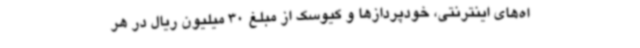
اه‌های اینترنتی، خودپردازها و کیوسک از مبلغ 30 میلیون ریال در هر